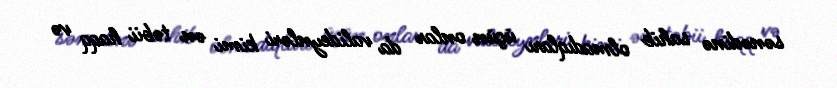
sənədinə sahib olmadıqları üçün onlar da valideynləri kimi ən təbii haqq və